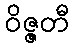
ဝိဇ္ဇတီ